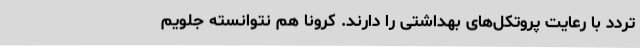
تردد با رعایت پروتکل‌های بهداشتی را دارند. کرونا هم نتوانسته جلویم